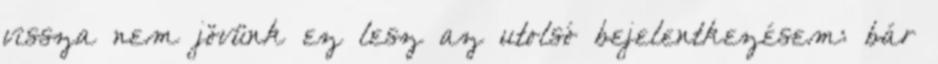
vissza nem jövünk ez lesz az utolsó bejelentkezésem: bár